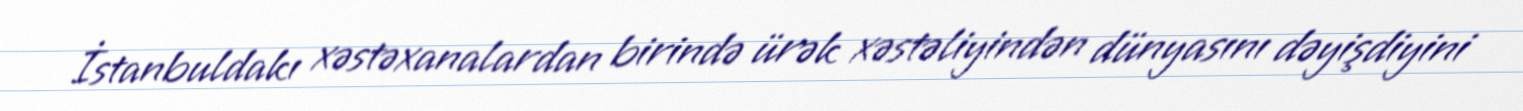
İstanbuldakı xəstəxanalardan birində ürək xəstəliyindən dünyasını dəyişdiyini